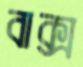
বাক্স